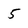
Character: 5